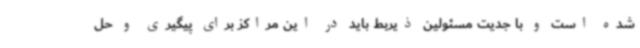
شده است و با جدیت مسئولین ذیربط باید در این مراکز برای پیگیری و حل